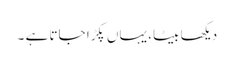
دیکھا بیٹا، یہاں پکڑا جاتا ہے ۔